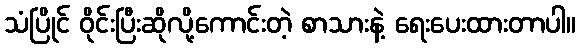
သံပြိုင် ဝိုင်းပြီးဆိုလို့ကောင်းတဲ့ စာသားနဲ့ ရေးပေးထားတာပါ။